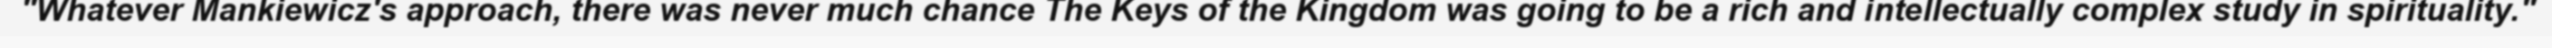
"Whatever Mankiewicz's approach, there was never much chance The Keys of the Kingdom was going to be a rich and intellectually complex study in spirituality."